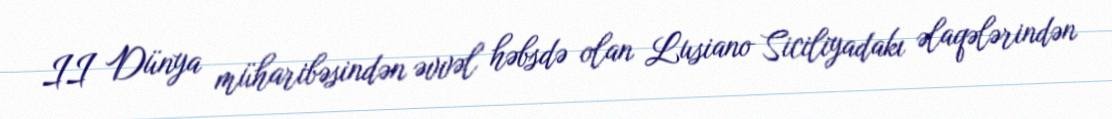
II Dünya müharibəsindən əvvəl həbsdə olan Lusiano Siciliyadakı əlaqələrindən